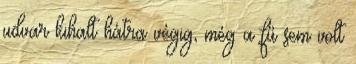
udvar kihalt hátra végig, még a fű sem volt